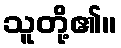
သူတို့၏။